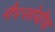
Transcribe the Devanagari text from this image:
गैरसोयीचा